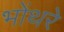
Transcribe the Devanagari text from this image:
भोंथरे